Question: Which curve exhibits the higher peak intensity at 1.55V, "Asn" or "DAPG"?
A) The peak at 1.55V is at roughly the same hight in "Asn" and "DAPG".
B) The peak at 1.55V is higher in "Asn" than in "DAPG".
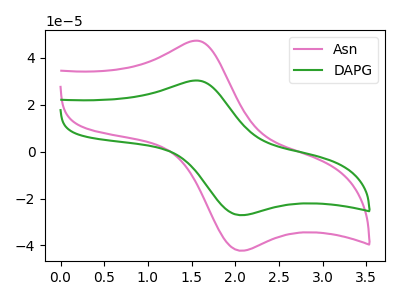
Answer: <think>The pink curve "Asn" has an anodic peak at (1.55V, 47.35uA) and a cathodic peak at (2.05V, -42.30uA). The green curve "DAPG" has an anodic peak at (1.55V, 30.35uA) and a cathodic peak at (2.05V, -27.15uA).</think>
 <answer>B) The peak at 1.55V is higher in "Asn" than in "DAPG".</answer>
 <eval>B</eval>